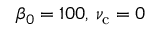
\beta _ { 0 } = 1 0 0 , \, \nu _ { \mathrm { c } } = 0